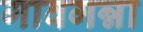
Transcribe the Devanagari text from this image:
गावगन्ना